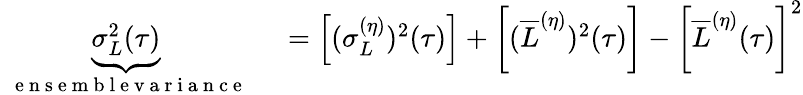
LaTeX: \begin{array}{rl}{\underbrace{\sigma_{L}^{2}(\tau)}_{\mathrm{~\textrm~{~e~n~s~e~m~b~l~e~v~a~r~i~a~n~c~e~}~}}}&{{}=\left[(\sigma_{L}^{(\eta)})^{2}(\tau)\right]+\left[(\overline{{L}}^{(\eta)})^{2}(\tau)\right]-\left[\overline{{L}}^{(\eta)}(\tau)\right]^{2}}\end{array}